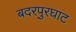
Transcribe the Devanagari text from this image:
बदरपुरघाट